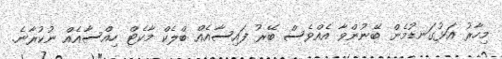
މިހާރު އަޅުގަނޑުމެން ބޭނުންވާ އެއްވެސް ބޭރު ފައިސާއެއް ބްލެކް މާކެޓް ހިއްސާއެއް ނުކުރާނެ.